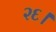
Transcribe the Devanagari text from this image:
२६।